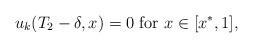
LaTeX: \begin{align*}u_{k}(T_2 - \delta, x) = 0 \mbox{ for } x \in [x^*, 1],\end{align*}